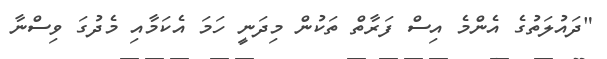
"ދައުލަތުގެ އެންމެ އިސް ފަރާތް ތަކުން މިދަނީ ހަމަ އެކަމާއި މެދުގަ ވިސްނާ